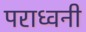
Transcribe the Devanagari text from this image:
पराध्वनी